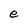
Character: e